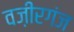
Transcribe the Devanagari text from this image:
वज़ीरगंज